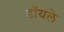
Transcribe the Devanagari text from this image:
डॉयले